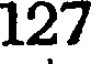
127